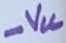
Text: -VCC